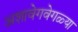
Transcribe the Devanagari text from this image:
अशावेगवेगळ्या